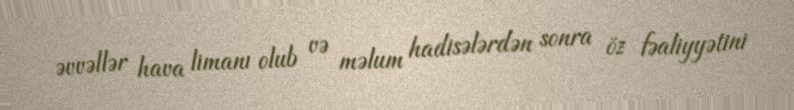
əvvəllər hava limanı olub və məlum hadisələrdən sonra öz fəaliyyətini